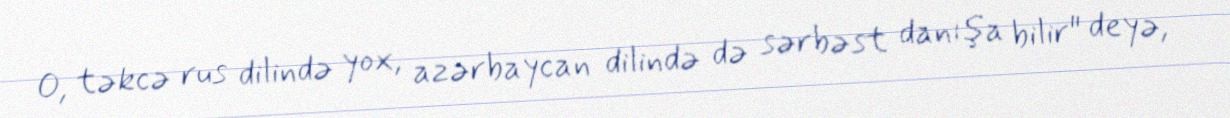
O, təkcə rus dilində yox, azərbaycan dilində də sərbəst danışa bilir" deyə,